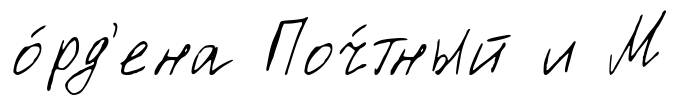
о́рд'ена Поч́тный и М